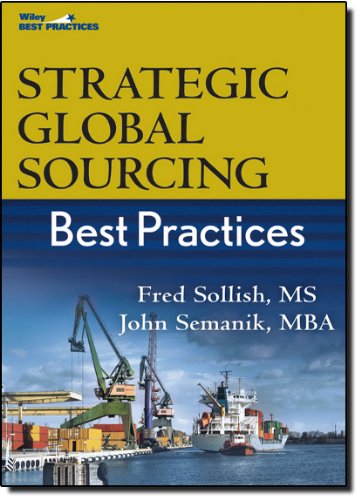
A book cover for Strategic Global Sourcing Best Practices; Fred Sollish; Business & Money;